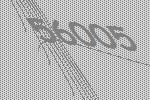
56005